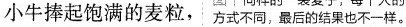
小牛捧起饱满的麦粒，方式不同，最后的结果也不一样。